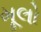
મૂલો